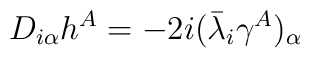
D_{i\alpha}h^{A}=-2i(\bar{\lambda}_{i}\gamma^{A})_{\alpha}